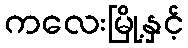
ကလေးမြို့နှင့်